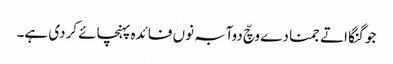
جو گنگا اتے جمنا دے وچّ دوآبہ نوں فائدہ پہنچائے کردی ہے۔